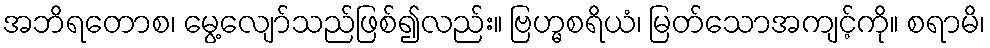
အဘိရတောစ၊ မွေ့လျော်သည်ဖြစ်၍လည်း။ ဗြဟ္မစရိယံ၊ မြတ်သောအကျင့်ကို။ စရာမိ၊